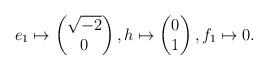
LaTeX: \begin{align*}e_1 \mapsto \begin{pmatrix}\sqrt{-2} \\ 0 \end{pmatrix}, h \mapsto \begin{pmatrix} 0 \\ 1 \end{pmatrix}, f_1 \mapsto 0.\end{align*}